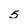
Character: 5